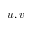
u , v